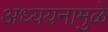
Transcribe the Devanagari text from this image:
अध्ययनामुळे